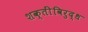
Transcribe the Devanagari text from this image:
शक्तींविरुद्ध